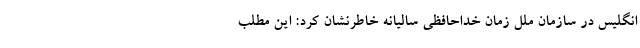
انگلیس در سازمان ملل زمان خداحافظی سالیانه خاطرنشان کرد: این مطلب